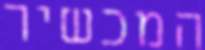
המכשיר